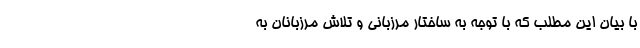
با بیان این مطلب که با توجه به ساختار مرزبانی و تلاش مرزبانان به